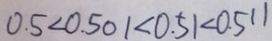
0 . 5 < 0 . 5 0 1 < 0 . 5 1 < 0 . 5 1 1